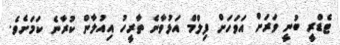
ޓެޑްރީ ބުނީ ވަރަށް އަވަހަށް ފިލްމް އަޅުވާނެ ތާރީހު އިއުލާން ކުރާނެ ކަމަށެވެ.